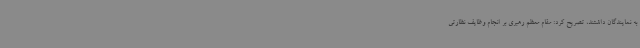
به نمایندگان داشتند، تصریح کرد: مقام معظم رهبری بر انجام وظایف نظارتی